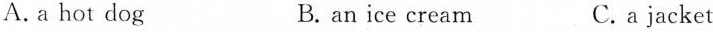
A.a hot dog B. an ice cream C. a jacket